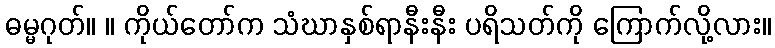
ဓမ္မဂုတ်။ ။ ကိုယ်တော်က သံဃာနှစ်ရာနီးနီး ပရိသတ်ကို ကြောက်လို့လား။